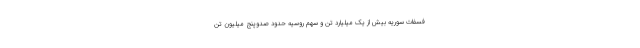
فسفات سوریه بیش از یک میلیارد تن و سهم روسیه حدود صدوپنج میلیون تن